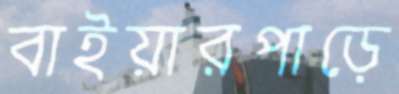
বাইয়ারপাড়ে